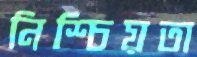
নিশ্চিয়তা